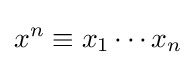
x^{n}\equiv x_{1}\cdots x_{n}